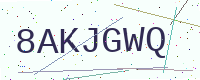
Text: 8AKJGWQ